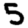
Digit: 5